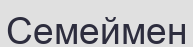
Семеймен